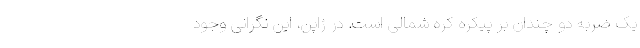
یک ضربه دو چندان بر پیکره کره شمالی است. در ژاپن، این نگرانی وجود